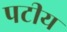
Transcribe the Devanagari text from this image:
पटीय